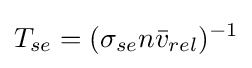
T_{se}=(\sigma _{se}n{\bar {v}}_{rel})^{-1}